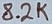
Text: 8.2K